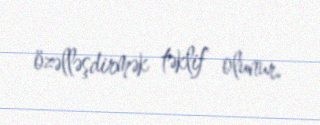
özəlləşdirmək təklif olunur.